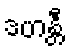
ဒဟန္တီ